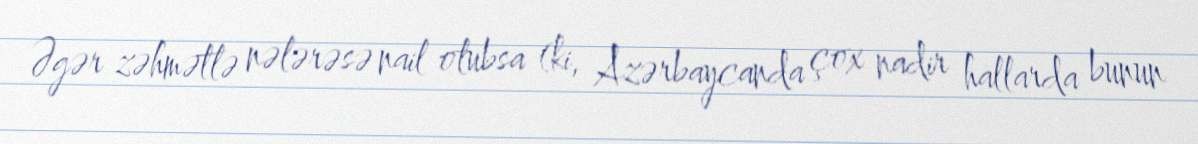
Əgər zəhmətlə nələrəsə nail olubsa (ki, Azərbaycanda çox nadir hallarda bunun